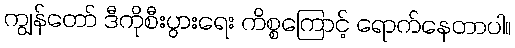
ကျွန်တော် ဒီကိုစီးပွားရေး ကိစ္စကြောင့် ရောက်နေတာပါ။